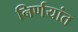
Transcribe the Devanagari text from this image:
निर्णयांत